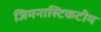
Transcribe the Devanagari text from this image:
जिमनास्टिकटीम